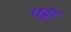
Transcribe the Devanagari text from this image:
गट्ना